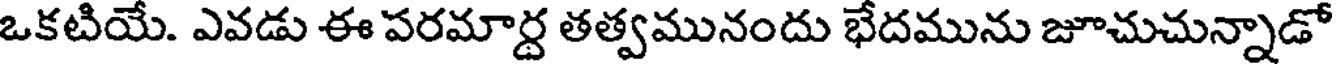
ఒకటియే. ఎవడు ఈ పరమార్ద తత్వమునందు భేదమును జూచుచున్నాడో